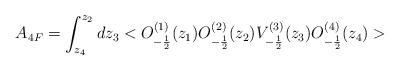
LaTeX: \begin{align*}A_{4F}=\int _{z_4}^{z_2}dz_3<O^{(1)}_{-\frac{1}{2}}(z_1)O^{(2)}_{-\frac{1}{2}}(z_2)V^{(3)}_{-\frac{1}{2}}(z_3)O^{(4)}_{-\frac{1}{2}}(z_4)>\end{align*}